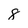
Character: 8